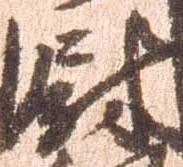
尉